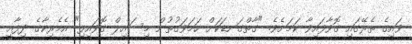
ވައިގެ ތެރޭގައި ގޮވާފައިވާ ކަމަށެވެ. "ގާތްގަނޑަކަށް ހަމަވަގުތުން މިސައިލް ގޮވައިފި" އެމެރިކާގެ ދިފާއީ